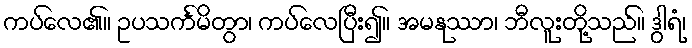
ကပ်လေ၏။ ဥပသင်္ကမိတွာ၊ ကပ်လေပြီး၍။ အမနုဿာ၊ ဘီလူးတို့သည်။ ဒွါရံ၊